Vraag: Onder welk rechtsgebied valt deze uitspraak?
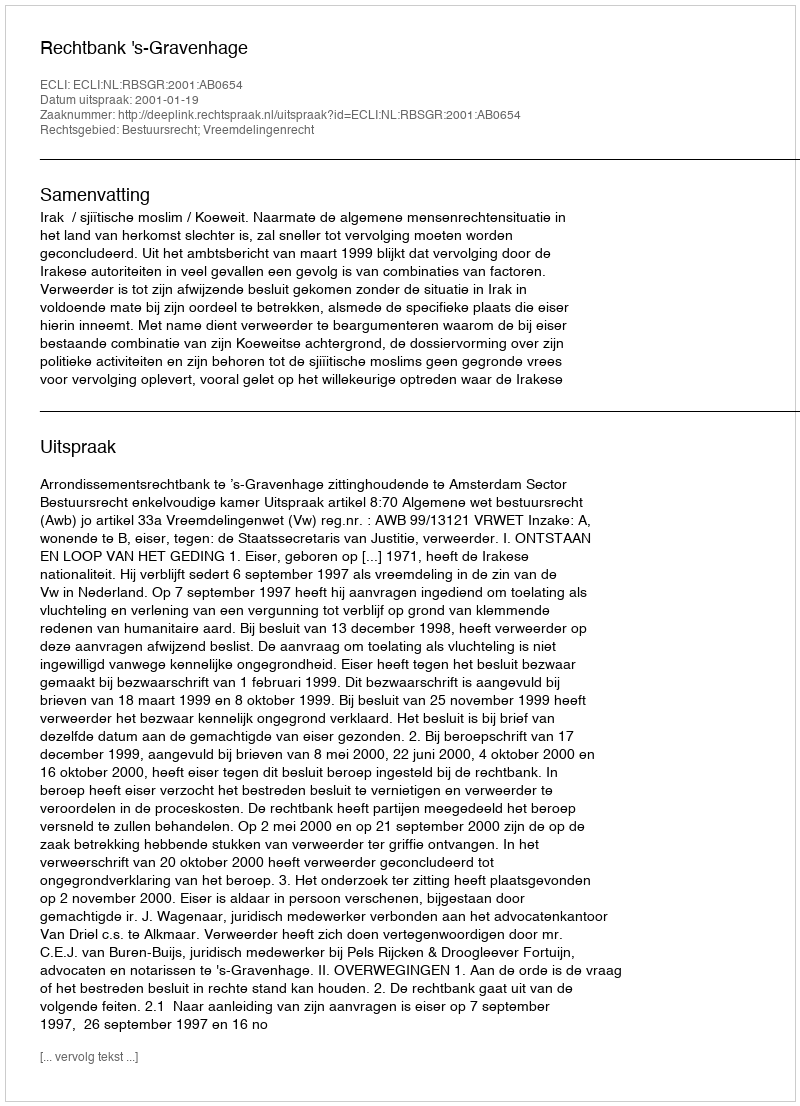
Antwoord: Bestuursrecht; Vreemdelingenrecht